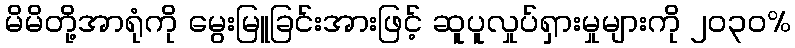
မိမိတို့အာရုံကို မွေးမြူခြင်းအားဖြင့် ဆူပူလှုပ်ရှားမှုများကို ၂၀၃၀%